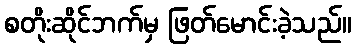
စတိုးဆိုင်ဘက်မှ ဖြတ်မောင်းခဲ့သည်။